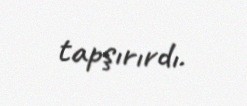
tapşırırdı.